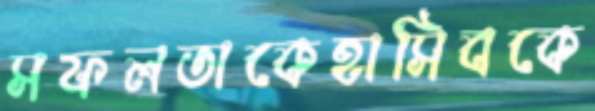
সফলতাকেহাসিবকে